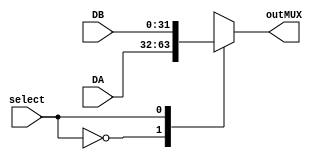
module MUX(select, DA, DB, outMUX);

	input [31:0] DA, DB;
	input select;
	output reg[31:0] outMUX;
	
	always @ (*) begin
		case (select)
			1'b0: outMUX = DA;
			1'b1: outMUX = DB;
			1'bx: outMUX = 32'bx;
		endcase;
	end
endmodule